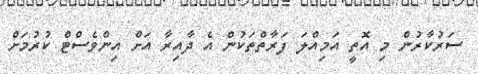
ސަރުކާރުން މި އޮތީ އަމިއްލަ ފަރާތްތަކުން އެ ދާއިރާ އަށް އިންވެސްޓް ކުރުމަށް